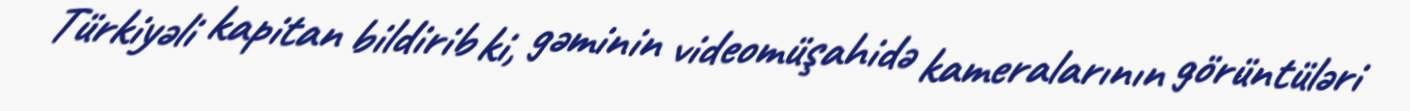
Türkiyəli kapitan bildirib ki, gəminin videomüşahidə kameralarının görüntüləri